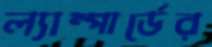
ল্যাম্পার্ডের